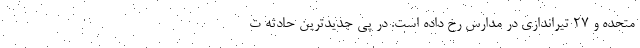
متحده و ۲۷ تیراندازی در مدارس رخ داده است. در پی جدیدترین حادثه ت